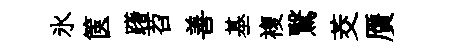
氷篋躇苕善基複鷖茭贋